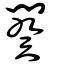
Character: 闋